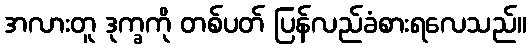
အလားတူ ဒုက္ခကို တစ်ပတ် ပြန်လည်ခံစားရလေသည်။